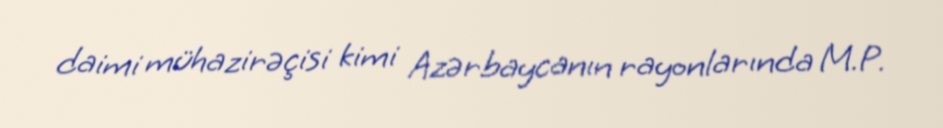
daimi mühazirəçisi kimi Azərbaycanın rayonlarında M.P.